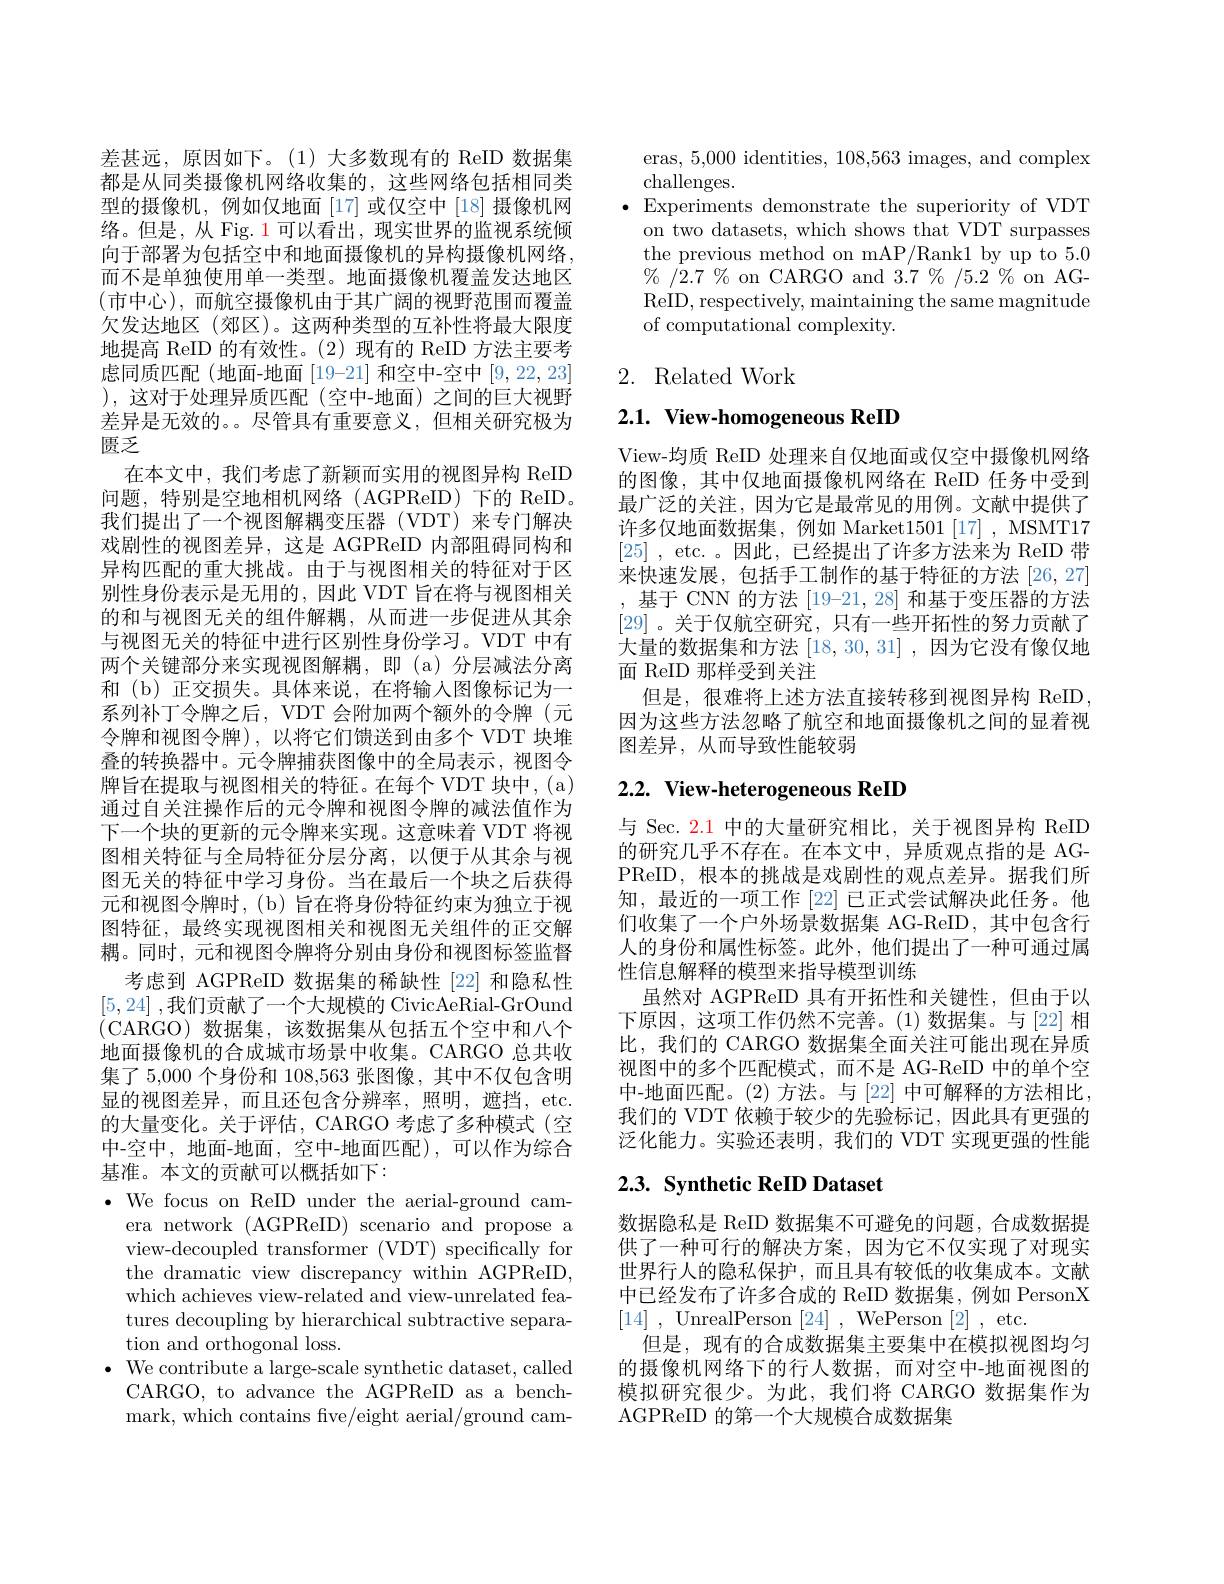
差甚远，原因如下。(1)大多数现有的 ReID 数据集都是从同类摄像机网络收集的，这些网络包括相同类型的摄像机，例如仅地面[17]或仅空中[18]摄像机网络。但是，从 Fig. 1 可以看出，现实世界的监视系统倾向于部署为包括空中和地面摄像机的异构摄像机网络， 而不是单独使用单一类型。地面摄像机覆盖发达地区(市中心),而航空摄像机由于其广阔的视野范围而覆盖欠发达地区 (郊区)。这两种类型的互补性将最大限度地提高 ReID 的有效性。(2)现有的 ReID 方法主要考虑同质匹配(地面-地面[19-21] 和空中-空中[9,22,23] ),这对于处理异质匹配(空中-地面)之间的巨大视野差异是无效的。。尽管具有重要意义，但相关研究极为匮乏
在本文中，我们考虑了新颖而实用的视图异构 ReID 问题，特别是空地相机网络(AGPReID)下的 ReID。我们提出了一个视图解耦变压器(VDT)来专门解决戏剧性的视图差异，这是 AGPReID 内部阻碍同构和异构匹配的重大挑战。由于与视图相关的特征对于区别性身份表示是无用的，因此 VDT 旨在将与视图相关的和与视图无关的组件解耦，从而进一步促进从其余与视图无关的特征中进行区别性身份学习。VDT 中有两个关键部分来实现视图解耦，即(a)分层减法分离和(b)正交损失。具体来说，在将输入图像标记为一系列补丁令牌之后，VDT 会附加两个额外的令牌(元令牌和视图令牌),以将它们馈送到由多个 VDT 块堆叠的转换器中。元令牌捕获图像中的全局表示，视图令牌旨在提取与视图相关的特征。在每个 VDT 块中，(a) 通过自关注操作后的元令牌和视图令牌的减法值作为下一个块的更新的元令牌来实现。这意味着 VDT 将视图相关特征与全局特征分层分离，以便于从其余与视图无关的特征中学习身份。当在最后一个块之后获得元和视图令牌时，(b) 旨在将身份特征约束为独立于视图特征，最终实现视图相关和视图无关组件的正交解耦。同时，元和视图令牌将分别由身份和视图标签监督
考虑到 AGPReID 数据集的稀缺性[22]和隐私性[5,24] ,我们贡献了一个大规模的 CivicAeRial-GrOund (CARGO)数据集，该数据集从包括五个空中和八个地面摄像机的合成城市场景中收集。CARGO 总共收集了 5,000 个身份和 108,563 张图像，其中不仅包含明显的视图差异，而且还包含分辨率，照明，遮挡，etc. 的大量变化。关于评估，CARGO 考虑了多种模式(空中-空中，地面-地面，空中-地面匹配),可以作为综合基准。本文的贡献可以概括如下：
$\cdot$ We focus on ReID under the aerial-ground cam-
era network (AGPReID) scenario and propose a view-decoupled transformer (VDT) specifically for the dramatic view discrepancy within AGPReID, which achieves view-related and view-unrelated features decoupling by hierarchical subtractive separation and orthogonal loss.
$\cdot$ We contribute a large-scale synthetic dataset, called
CARGO, to advance the AGPReID as a benchmark, which contains five/eight aerial/ground cam-

eras, 5,000 identities, 108,563 images, and complex
challenges.
$\bullet$ Experiments demonstrate the superiority of VDT
on two datasets, which shows that VDT surpasses the previous method on mAP/Rank1 by up to 5.0 % /2.7 % on CARGO and 3.7 % /5.2 % on AGReID, respectively, maintaining the same magnitude of computational complexity.

# 2. Related Work

# 2.1. View-homogeneous ReID

View-均质 ReID 处理来自仅地面或仅空中摄像机网络的图像，其中仅地面摄像机网络在 ReID 任务中受到最广泛的关注，因为它是最常见的用例。文献中提供了许多仅地面数据集，例如 Market$1501\left[17\right]$, MSMT17 [25] , etc.。因此，已经提出了许多方法来为 ReID 带来快速发展，包括手工制作的基于特征的方法 [26,27] ,基于 CNN 的方法 [19-21,28] 和基于变压器的方法[29]。关于仅航空研究，只有一些开拓性的努力贡献了大量的数据集和方法[18,30,31],因为它没有像仅地面 ReID 那样受到关注
但是，很难将上述方法直接转移到视图异构 ReID 因为这些方法忽略了航空和地面摄像机之间的显着视图差异，从而导致性能较弱

# 2.2. View-heterogeneous ReID

与 Sec. 2.1 中的大量研究相比，关于视图异构 ReID 的研究几乎不存在。在本文中，异质观点指的是 AGPReID,根本的挑战是戏剧性的观点差异。据我们所知，最近的一项工作[22]已正式尝试解决此任务。他们收集了一个户外场景数据集 AG-ReID,其中包含行人的身份和属性标签。此外，他们提出了一种可通过属性信息解释的模型来指导模型训练
虽然对 AGPReID 具有开拓性和关键性，但由于以下原因，这项工作仍然不完善。(1)数据集。与[22]相比，我们的 CARGO 数据集全面关注可能出现在异质视图中的多个匹配模式，而不是 AG-ReID 中的单个空中-地面匹配。(2)方法。与[22] 中可解释的方法相比我们的 VDT 依赖于较少的先验标记，因此具有更强的泛化能力。实验还表明，我们的 VDT 实现更强的性能

# 2.3. Synthetic ReID Dataset

数据隐私是 ReID 数据集不可避免的问题，合成数据提供了一种可行的解决方案，因为它不仅实现了对现实世界行人的隐私保护，而且具有较低的收集成本。文献中已经发布了许多合成的 ReID 数据集，例如 PersonX [14] , UnrealPerson[24] , WePerson[2] , etc.
但是，现有的合成数据集主要集中在模拟视图均匀的摄像机网络下的行人数据，而对空中-地面视图的模拟研究很少。为此，我们将 CARGO 数据集作为AGPReID 的第一个大规模合成数据集